Jaan_Tonisson_(Lasteleht), lk 476
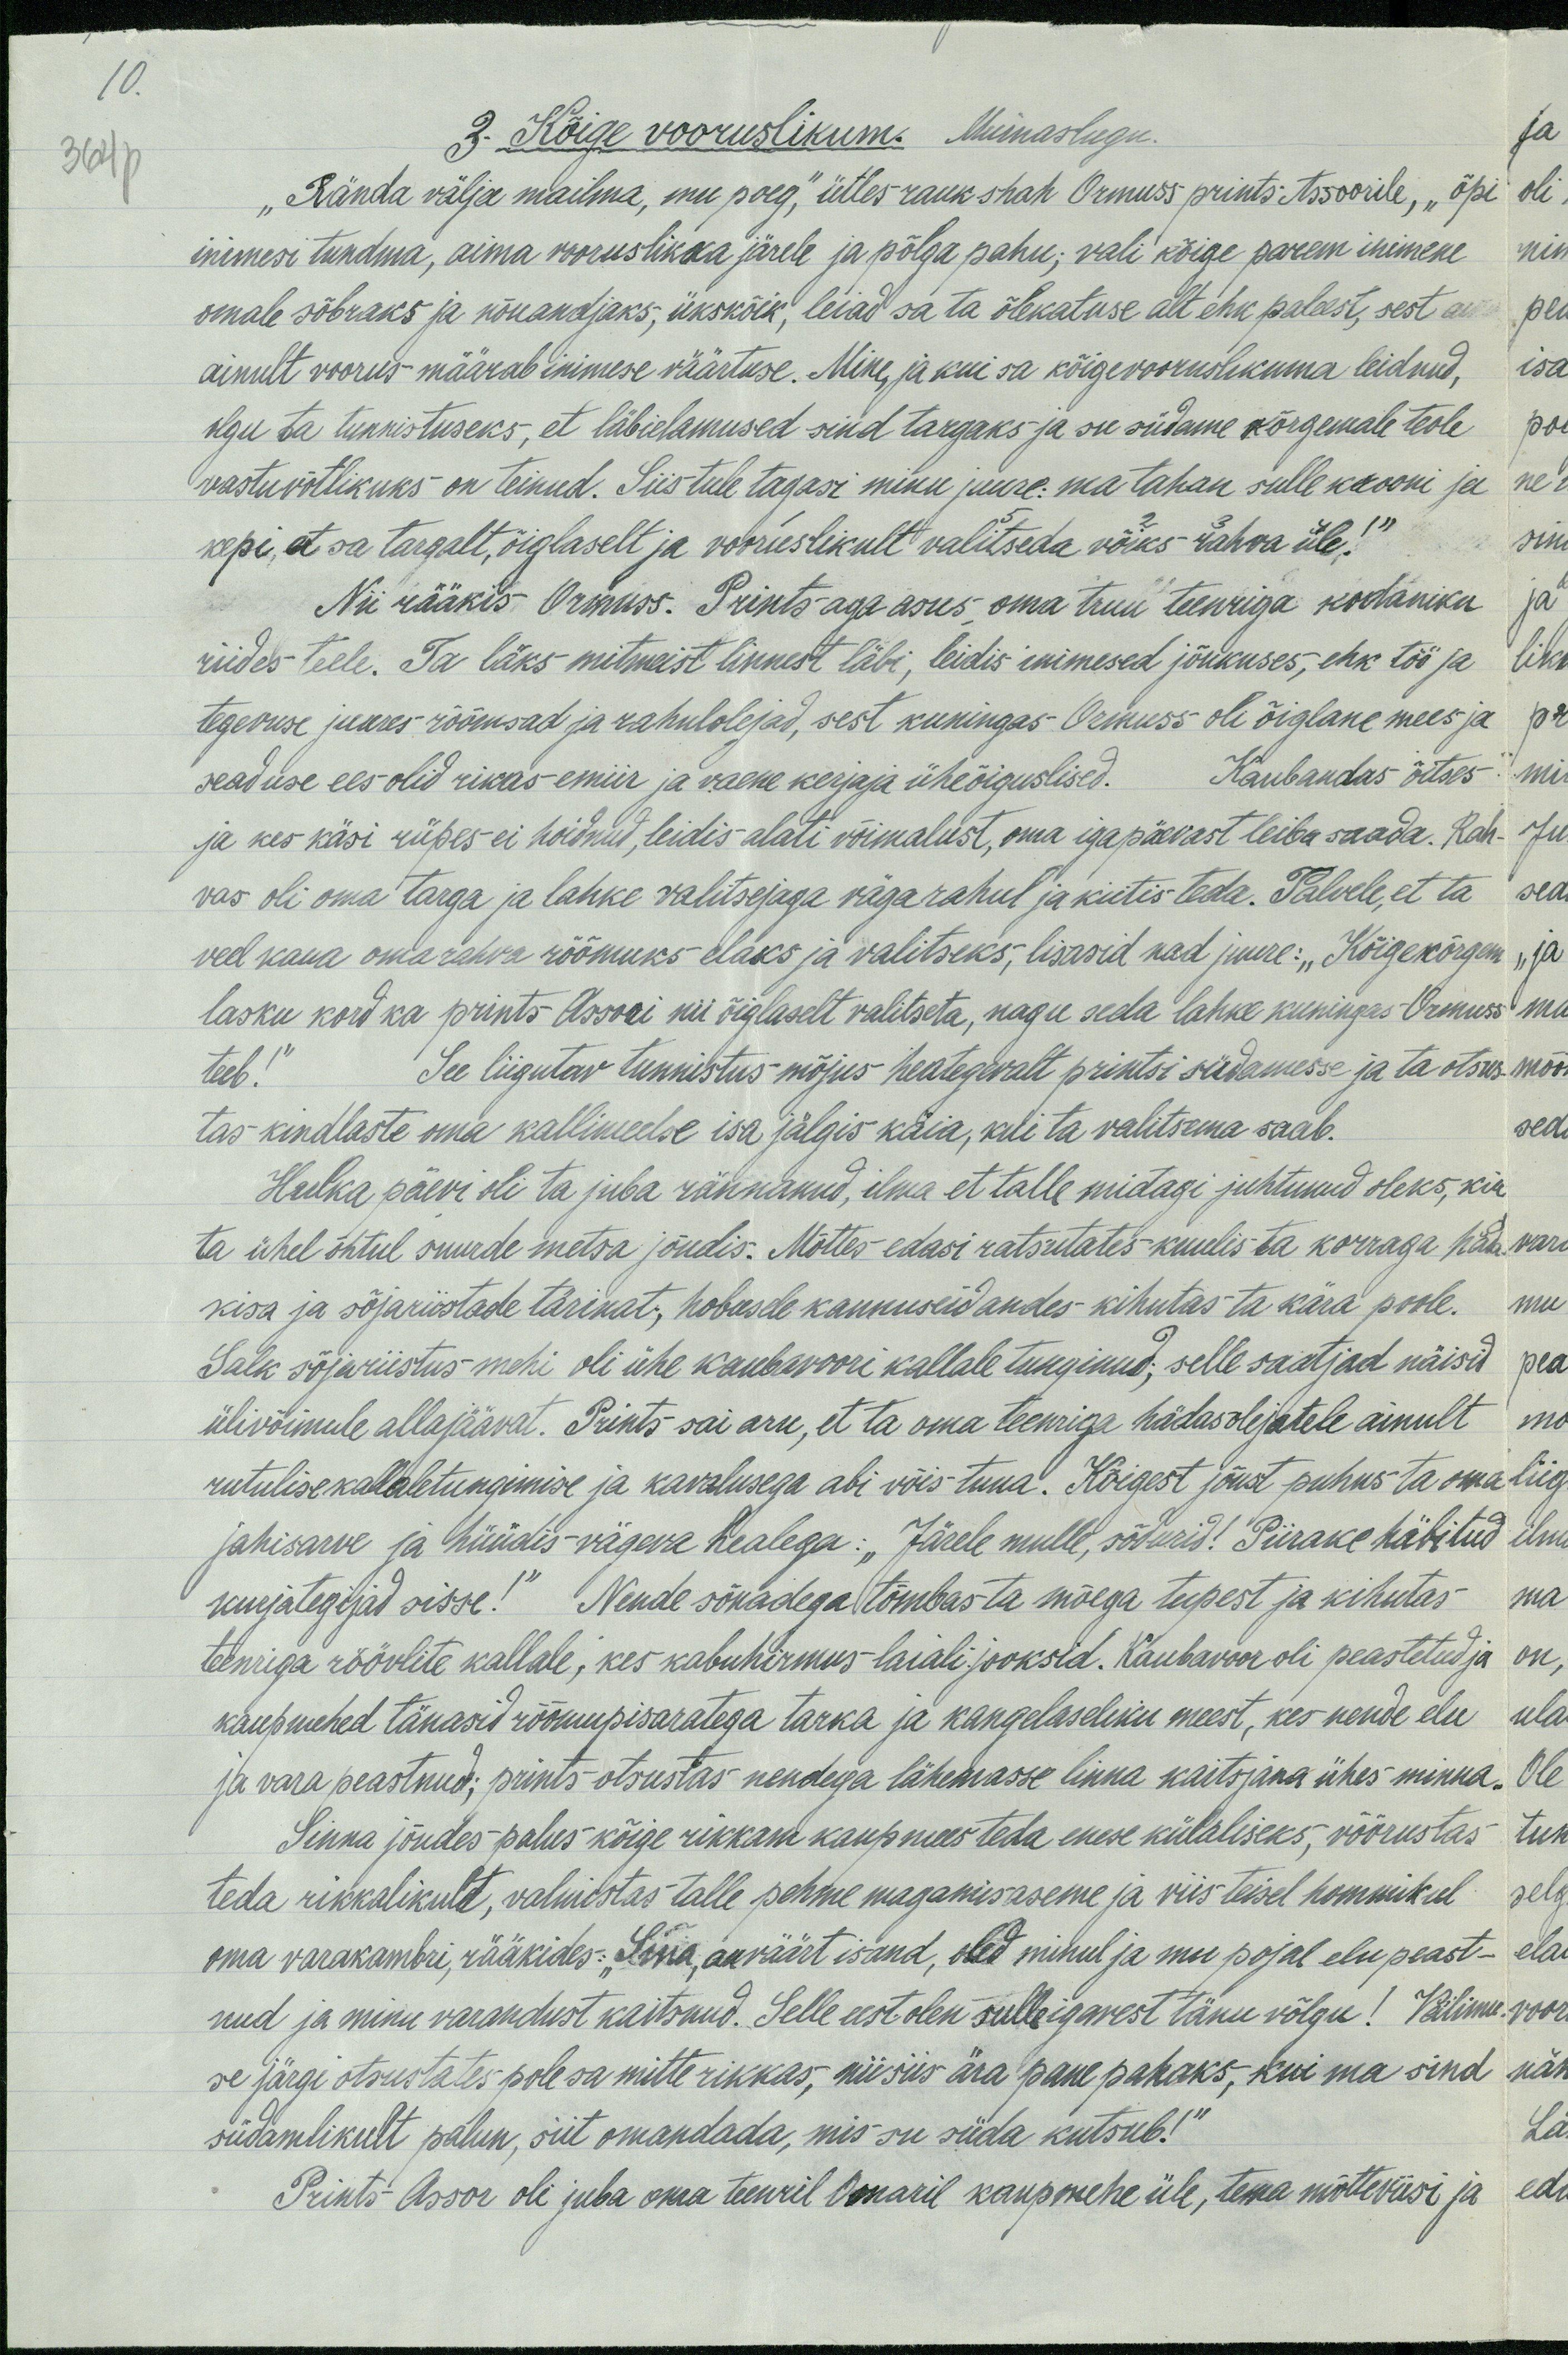
364 p.
10.
3. Kõige vooruslikum. Muinaslugu.
"Rända välja mailma, mu poeg," ütles rauk shah Ormuss prints Assoorile, "õpi
inimesi tundma, aima vooruslikka järele ja põlga pahu; vali kõige parem inimene
omale sõbraks ja nõuandjaks, ükskõik, leiad sa ta õlekatuse alt ehk paleest, sest on
ainult voorus määrab inimese väärtuse. Mine ja kui sa kõigevooruslikuma leidnud,
olgu ta tunnistuseks, et läbielamused sind targaks ja on südame kõrgemale teole
vastuvõtlikuks on teinud. Siis tule tagasi minu juure: ma tahan sulle krooni ja
kepi, et sa targalt, õiglaselt ja vooruslikult valitseda võiks rahva üle!"
Nii rääkis Ormuss. Prints aga asus oma truu teenriga kodaniku
riides teele. Ta läks mitmeist linnest läbi, leidis inimesed jõukuses, ehk töö ja
tegevuse juures rõõmsad ja rahulolejad, sest kuningas-Ormuss oli õiglane mees ja
seaduse ees olid rikas emiir ja vaene kerjaja üheõiguslised. Kaubandus õitses
ja kes käsi rüpes ei hoidnud, leidis alati võimalust, oma igapäevast leiba saada. Rah-
vas oli oma targa ja lahke valitsejaga väga rahul ja kiitis teda. Palvele, et ta
veel kaua oma rahva rõõmuks elaks ja valitseks, lisasid nad juure: „Kõigekõrgem
lasku kord ka prints Assoori nii õiglaselt valitseta, nagu seda lahke kuningas. Ormuss
teeb!"
See liigutav tunnistus mõjus heategevalt printsi südamesse ja ta otsus-
tas kindlaste oma kallimeelse isa jälgis käia, kui ta valitsema saab.
Hulka päevi oli ta juba rähenanud, ilma et talle midagi juhtunud oleks, kui
ta ühel õhtul suurde metsa jõudis. Mõttes edasi ratsutates kuulis ta korraga häda-
kisa ja sõjariistade tärinat; hobusele kannuseid andes kihutas ta kära poole.
Salk sõjariistus mehi oli ühe kaubavoori kallale tunginud; selle saatjad näisid
ülivõimule allajääwat. Pints sai aru, et ta oma teenriga hädasolijatele ainult
rutulise kallaletungimise ja kavalusega abi võis tuua. Kõigest jõust puhus ta oma
jahisarve ja hüüdis-vägeva healega: "Järele mulle, sõdurid!" Piirake häbitud
kurjategijad sisse!" Nende sõnadega tõmbas ta mõega tupest ja kihutas
teeniga röövlite kallale, kes kabuhirmus laiali jooksid. Kaubavoor oli peastetud ja
kaupmehed tänasid rõõmupisaratega tarka ja kangelaseliku meest, kes nende elu
ja vara peastnud; prints otsustas nendega lähemasse linna kaitsjana ühes minna
Sinna jõudes palus kõige rikkam kaupmees teda enese külaliseks, võõrustas
teda rikkalikult, valmistas talle pehme magamisaseme ja viis teisel hommikul
oma varakambri, rääkides: "Sina, auväärt isand, oled minul ja mu pojal elu peast-
nud ja minu varandust kaitsnud. Selle eest olen sulle igavest tänu võlgu! Välimu
se järgi otsustates pole sa mitte rikkas, nii siis ära pane pahaks, kui ma sind
südamlikult palun, siit omandada, mis su süda kutsub!"
Prints- Assor oli juba oma teenril Omaril kaupmehe üle, tema mõtteviisi ja